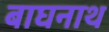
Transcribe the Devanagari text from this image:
बाघनाथ